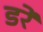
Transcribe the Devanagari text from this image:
डरें